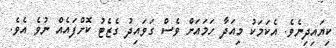
ކިޔައިދިނެވެ. އެކަމަކު މިއަދާ ހަމައަށް ވެސް ގަވައިދު ގެޒެޓު ކޮށްފައެއް ނުވެ އެވެ.